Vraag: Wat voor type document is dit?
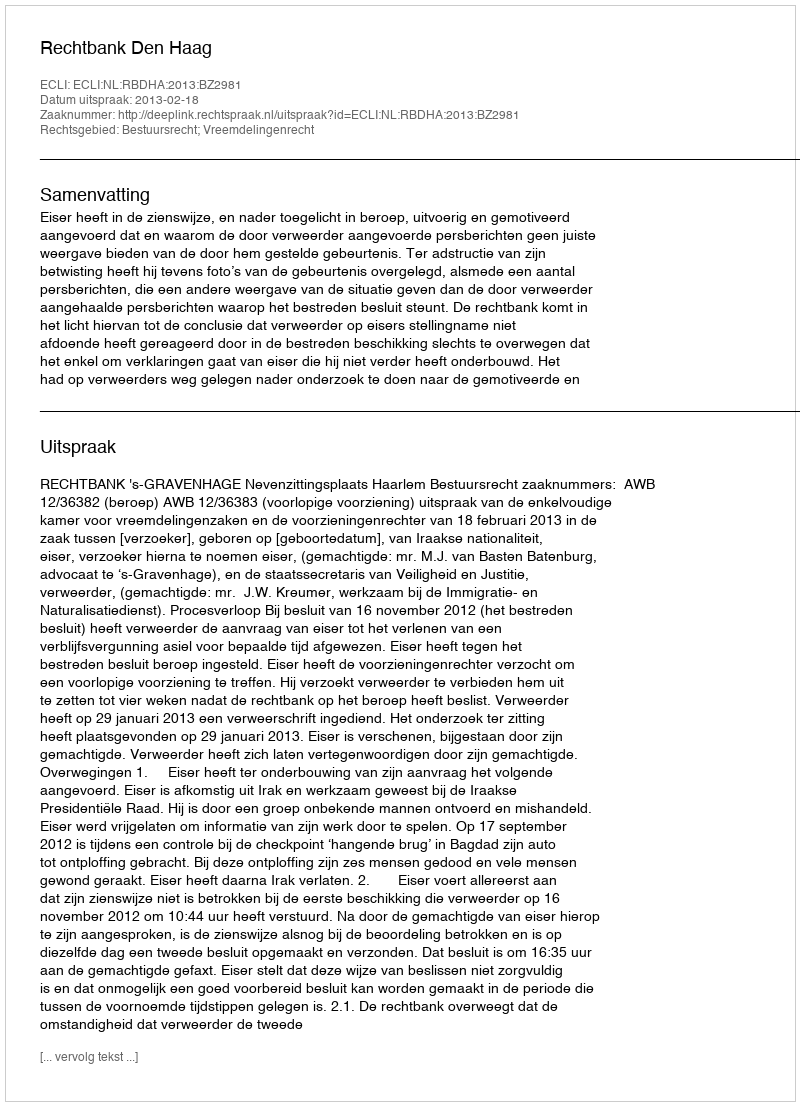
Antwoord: Uitspraak